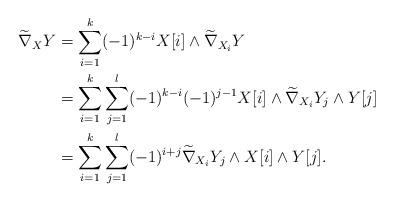
LaTeX: \begin{align*}\widetilde{\nabla}_XY&=\sum_{i=1}^k(-1)^{k-i}X[i]\wedge \widetilde{\nabla}_{X_i} Y\\&=\sum_{i=1}^{k}\sum_{j=1}^l (-1)^{k-i}(-1)^{j-1}X[i]\wedge \widetilde{\nabla}_{X_i} Y_j\wedge Y[j]\\&=\sum_{i=1}^{k}\sum_{j=1}^l (-1)^{i+j}\widetilde{\nabla}_{X_i} Y_j\wedge X[i]\wedge Y[j].\end{align*}